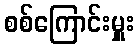
စစ်ကြောင်းမှူး